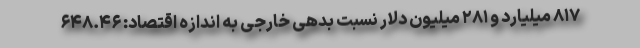
۸۱۷ میلیارد و ۲۸۱ میلیون دلار نسبت بدهی خارجی به اندازه اقتصاد: ۶۴۸.۴۶